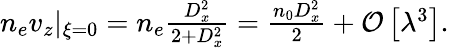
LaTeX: \begin{array}{r}{n_{e}v_{z}|_{\xi=0}=n_{e}\frac{D_{x}^{2}}{2+D_{x}^{2}}=\frac{n_{0}D_{x}^{2}}{2}+\mathcal{O}\left[\lambda^{3}\right].}\end{array}